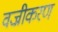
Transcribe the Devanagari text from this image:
वज्रीकरण